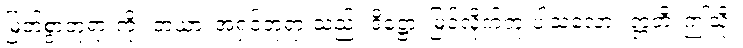
မြတ်စွာဘုရားကို။ တယာ၊ အရှင်ဘုရားသည်။ ဒိဋ္ဌော၊ မြင်လိုက်ဘူးပါသလော။ ဣတိ၊ ဤသို့။